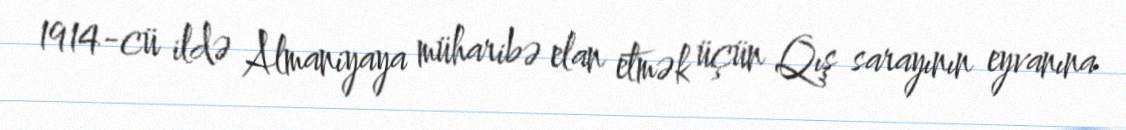
1914-cü ildə Almaniyaya müharibə elan etmək üçün Qış sarayının eyvanına